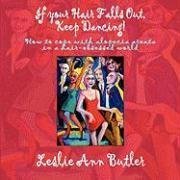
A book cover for If Your Hair Falls Out, Keep Dancing; LeslieAnn Butler; Health, Fitness & Dieting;